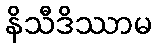
နိသီဒိဿာမ